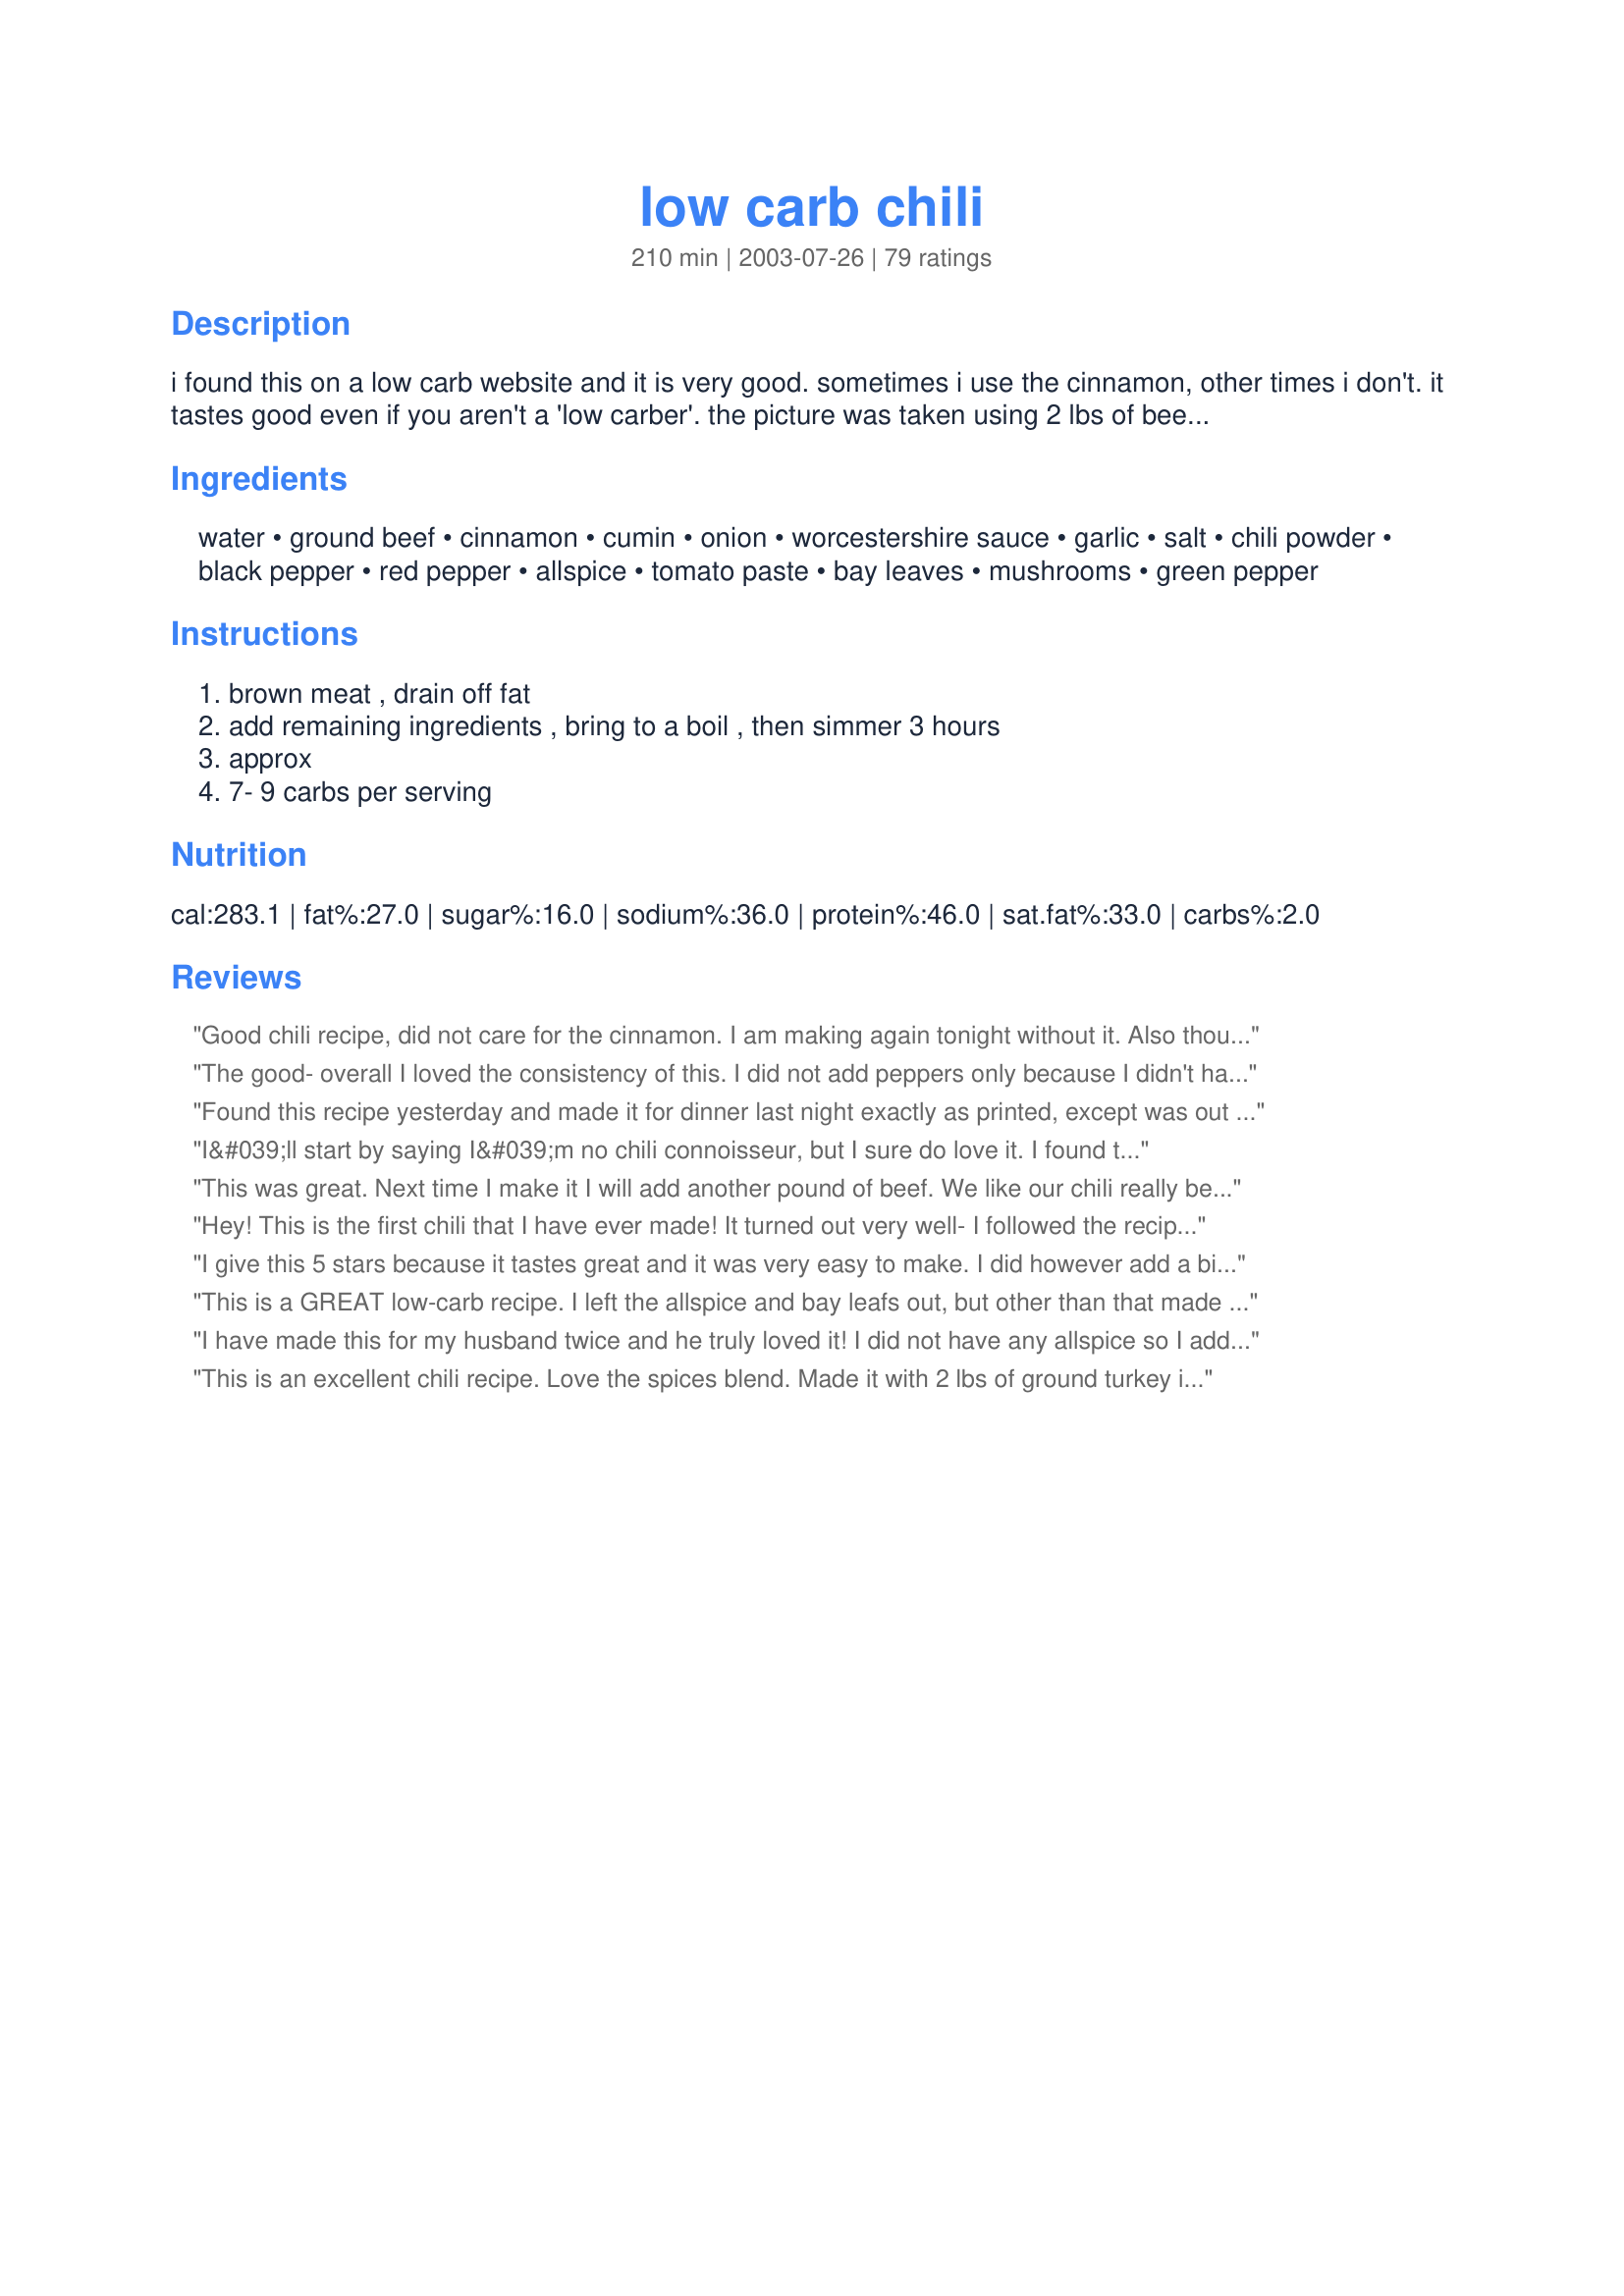
low carb chili
Preparation time: 210 minutes

i found this on a low carb website and it is very good. sometimes i use the cinnamon, other times i don't. it tastes good even if you aren't a 'low carber'. the picture was taken using 2 lbs of beef stewing meat! thanks for the comments to use 2 lbs, it's much better!

Ingredients:
water, ground beef, cinnamon, cumin, onion, worcestershire sauce, garlic, salt, chili powder, black pepper, red pepper, allspice, tomato paste, bay leaves, mushrooms, green pepper

Steps:
brown meat , drain off fat, add remaining ingredients , bring to a boil , then simmer 3 hours, approx, 7- 9 carbs per serving

Reviews:
Good chili recipe, did not care for the cinnamon. I am making again tonight without it. Also thought the recipe didn't make a whole lot but I think I made this before you changed it to 2 lbs instead of 1.
The good- overall I loved the consistency of this. I did not add peppers only because I didn't have, used 93/7 turkey ground meat and a can of fire roasted diced tomatoes. Only used 3 cups water as the tomatoes had liquid and didn't drain turkey. The bad- just didn't like the spice mixture.... but I want to be fair and say there are variables in the chili powder you choose or how pungent your other spices are. I would make again, and just change up spices.
Found this recipe yesterday and made it for dinner last night exactly as printed, except was out of bay leaves. Not to worry - the cumin, allspice and cinnamon were a subtle, but definitely flavorful addition to an old favorite! We topped with sour cream and extra sharp cheddar (both lo-fat) and the result was delicious!! Darling Daughter (who likes her food "unfussed with") said it is a keeper and asked that we have it again!!! YUMMMMMM
I&#039;ll start by saying I&#039;m no chili connoisseur, but I sure do love it. I found this recipe in a web search and decided to give it a try -- a nice break from a salad.

I was a little reluctant after reading the list of ingredients because I&#039;ve never made chili with the type of ingredients listed. Boy, was I pleasantly surprised. As soon as I add the ingredients to the pot, the house filled with a wonderful aroma! Everyone was asking what I was making and saying how great it smelled.

Such an easy recipe and the result is a terrific bowl of chili. It lacked nothing. It has a complex and robust flavor and is a perfect autumn recipe. I&#039;m looking forward to my next bowl!

Just a word of warning: I would consider this chili to be medium spiciness. Kids and those sensitive to spicy food may find it too spicy. I thought it was perfect, and I made it exactly as the recipe instructed. You can probably back off of the pepper flakes to take it down a notch if you worry it might be too spicy. Still, I&#039;d try it just as the recipe states before making any modifications. It really is incredible.

Thanks so much for sharing.
This was great. Next time I make it I will add another pound of beef. We like our chili really beefy! The flavor was very good, wouldn't have thought low carb could be so tasty!
Hey! This is the first chili that I have ever made! It turned out very well- I followed the recipe very closely, except for two things: I didn't have a green pepper, so I used a red one. Also, I didn't have ground beef, but I did have Boca brand "ground beef" which substituted 1 1/2 pounds, so that is what I used. We couldn't tell the difference (my parents still don't know). Overall, the chili was very good- it was the first time I ever had chili as well! It is so hot!(when I was little, I refused it- basically because of the beans) My sister won't eat beans at all, so this was perfect. For this recipe, all of the ingredients were on hand, and it didn't take 8-10 hours like some call for. Oh yes, I almost forgot. In mine (after I had already had it as it was), I added frozen corn to it- very good! Thanks for sharing!
I give this 5 stars because it tastes great and it was very easy to make. I did however add a bit of sea salt in the end and a little cayenne pepper. Very good, thanks for the recipe.
This is a GREAT low-carb recipe. I left the allspice and bay leafs out, but other than that made it exactly as called for. I didn't let it cook for the full 3 hours, but it didn't need it. I let it cook on high for half the time and it turned out great!
I have made this for my husband twice and he truly loved it! I did not have any allspice so I added just a little more cinnamon. My husband is not fond of mushrooms or green peppers so I added jalapenos. It also freezes well.
This is an excellent chili recipe. Love the spices blend. Made it with 2 lbs of ground turkey instead of ground beef and cut the salt in half because I'm not a fan of salt. Otherwise, followed the recipe to the letter. So flavorful, I didn't even miss the beans!
Back on low-carb, and was looking for variations of the LC chili I had made as a staple before. This recipe is a really nice change. I liked the combination of spices, including the cinnamon (although I used slightly less than 1 tsp.). Since I didn&#039;t have any green pepper, I threw in a can of Rotel tomatoes with green chilis. I only had tomato sauce, so I used less water and added a packet of Splenda, since tomato sauce does not have the sweetness of tomato paste.
At first I wasn't too sure of this chili... the cinnamon and allspice gave it a very different flavor than I'm used to. But in the end it seemed the more I ate it, the more I liked it. The flavors are reminiscent of African food I enjoyed long ago. We ate this with sour cream and cheddar cheese. Thanks for sharing!
Really, really good! I did not add the mushrooms or green peppers. I used ground turkey and just a couple of dashes of cinnamon. Sorry, I did not serve this as low carb, I put rice on the bottom of the bowl and garnished it with cheese and green onions. This is my new chili recipe. PERFECT!
I've been on a low-carb diet for what seems forever, and I'm SO sick to death of either loads of chicken or beef, cream-based dishes and/or hours of preparation, only to find that the results of all my efforts have been wasted. I can easily say this chili is THE single best low-carb meal I've ever made. As a matter of fact, it's the ONLY low-carb meal I could easily see myself eating every week! I'm not sure why some people complained about the cinnamon, but IMHO, the cinnamon is what makes the chili THE BEST! Not too overpowering, and all the spices just blend together beautifully. Even my fussy husband went back for seconds on this. Thanks for sharing this fab low-carb recipe.. it's a staple in our house now! :)
Very tasty and it really hit the spot on a low carb diet! I made it a second time and put in less cinnamon, but it really adds a certain 'something' to the flavor.
This has got to be one of the worst chili recipes I have ever made. I gave it a 2 star for the added mushrooms, which are definitely low carb. However, the cinnamon and allspice had NO place in chili!
My son is on a low carb eating plan and I&#039;m on Weight Watchers. The chili hit the spot on a cold rainy day and we both enjoyed it. I didn&#039;t care for the cinnamon so I&#039;ll probably leave that out. Mushrooms were a pleasant surprise. Served with reduced fat cheddar cheese and lean hot dog. Yummy!
This chili is very good. My husband isn't so keen on heat so I cut down on the chili powder and red peppers, but certainly didn't compromise any flavor. Very good and filling!
I found this chili to be very easy and delicious! I doubled the allspice and added 2 tbsp Splenda to give it that "Cincinatti chili" flavor. I did miss the beans though and looked for Eden Soy black beans but couldnt find them.
I am always on the lookout for something unique. This chili recipe fit the bill and was very satisfying on a fall night. An interesting and unique blend of ingredients and I followed the recipe to a tea. I really enjoyed this although I didn't read the cook time until I started preparations. This would be best done in the crock pot due to the 3 hour cook time. I didn't eat until nearly 9pm but I will say the chili was worth the wait. I did top my chili bowl with some grated mozzarella cheese. Delicious!
I made this for my husband when he was on a low-carb diet. I couldn't stop eating it myself. I did not add the cinnamon and used fresh mushrooms.
This is an excellent chili! I made some adjustments and additions ~ First of all I mixed one pound of beef and one pound of turkey. I did not add the cumin. I increased the Worcestershire sauce like three times the amount and added one teaspoon of salt only. 
 I added chopped green and red pepper and I used fresh mushrooms. I did not simmer for three hours but I cooked in the slow cooker for around 12 hours in low. It was great on a cold Arizona evening! Our home smelled so good. I love the sweet spices with beef, definitely a keeper thank you!!!
The spices are spot on! Don&#039;t change them until you&#039;ve at least tried them as listed in the ingredients. I used garlic powder instead of fresh cloves. I also added a can of Rotel tomatoes for more flavor and bulk. I used over 8 ounces of fresh mushrooms which I roughly chopped. They seem to melt away, yet they added to the over all richness of the chili. I simmered the chili for just two hours and that seemed more than adequate.&lt;br/&gt;&lt;br/&gt;10/08/13 UPDATE: There&#039;s a YouTube demo of this recipe being prepared. The chili came out great. Here&#039;s the link: http://youtu.be/SQ199_dSCNY
This was great! I made this for our Super Bowl get together, and we loved it! The kids don't like the beans in chili, and we are on South Beach, so no one missed them! I used 1 pound of ground turkey and one pound of turkey italian sausage...yum. I did use the cinnamon and allspice, but I will cut back a little next time. Nice flavor, but a little overpowering. I also might take a little water out...it was more soupy than I like my chili. I LOVED all the veggies in it! This is a definate keeper, thanks so much for posting!
I love this recipe! I left out mushrooms (im allergic) and green peppers (cuz I dont like them0 and added an extra 1/2 lb beef. Next time i WILL add a little more heat...but this tastes so great over cheeseburger patty, all beef hot dogs...or just eat it with a spoon!
I made this last night and it was awesome! I added a pinch of cayenne pepper to it and it gave it just the right punch. I highly recommend this recipe YUMMY!
Was really surprised with this chilli. Tasted excellent. As for the cinnamon. I used only 1/2 tsp and think it might be still too much. Might suggest even less. It is a very dominent taste. Good but if I had actually used the correct amount it would have really over powered the dish. Very easy to make and even my children loved.. Will make it again and again. Thanks..
Yum I love it! I added a cup of lentils to make it more hearty and increase the protein. Didn't add mushrooms. Thanks!
Husband and I didn't particularly like this recipe. We realized after we made it that it's missing two of the best parts of the chili - beans and the tomato twang flavor. I have no problem with the other spices, they blend nicely. But without the strong tomato flavor and the beans this doesn't taste like chili to me. Well, we have to make certain sacrifices for a low carb meal.
This tastes so good. I love the cinnamon in this recipe.
This is a great recipe. I made it for my wife and daughter. They loved it. After being on a low carb diet for several months it really hit the spot.
I really like this recipe as I am on a low carb diet. I doubled the recipe and it made enough for 6 meals, which I put in the freezer. I did not have allspice or peppers so I left them out and added about 2 cups of chopped celery, which worked really well. I added the cinnamon.
DH is on a cooking spree. This is second "real" homemade meals he's ever made. He added habeneros to make to it real spicy. I practically ate the entire thing (not in one sitting tho). He liked it, but didn't like the all spice flavoring. At first he thought it was teh cumin, but after I tasted it, I knew right away which spice he didn't like. The allspice and cinnamon gave it a squash/pumpkin pie sweetness to the chili. Mixed with the spicy hot, the combo was to die for, IMO. We are making it again tonight and the allspice, cinnamon and cummin out. ARGHHH! I thought it was GREAT with it. We'll see how it comes out tonight. Thanks for this keeper!
It was wonderful! I made it exactly to recipe and I love the faint taste of the spices. I will definitely make it again.
I followed the recipe exactly and put it in my crockpot on low all day. The spiciness was perfect for me but I'm still on the fence about the cinnamon. I don't think it would be the same without it but I think next time I'll do 1/2 teaspoon instead. I also used nearly three pounds of hamburger since that's how much was in my package. Great for Atkins induction phase.
This is my favorite meal at the moment, as I'm a constant low-carber.

Amazing, and I've even caught my husband nibbling at the pot on the stove (and he hates my low-carb food!)
Loved this, made me forget I was on low carb diet. Almost.
This worked really good for me. I used half the cinnamon because it can overwhelm. It was about right. The cinnamon smell was strong, but not the taste. The watery texture complimented my application--a topping for microwaved sweet potatoes. I would classify this as a variation of Cinninatti Chilli which may be overwelming when eaten straight, but mellows out when eaten as a topping. This is a keeper for me.
Great flavor. I used 1/2 onion and 1/2 red onion. Didn't add green pepper...hubby not a fan. I also didn't tell him it was a low carb recipe because he isn't watching his carbs. He really liked it. His serving was over sticky rice.
This recipe came out perfect. I was really worried about the beans not being there, but the mushrooms added the substance I like. I only used two dashes of cinnamon and lean ground beef. I garnished the chili with reduced fat cheddar and sour cream. I am doing low carbs, but if someone in the house is not, you can put the chili on french bread or over rice. I will post pics. This was so yummy to my tummy!!! LOL!!!
This wasn't a typical chili recipe at all. In fact, it doesn't taste like tradtional chili at all. Very unique blend of seasonings, delicious !
I love this chili! I did change some things. I bought Morningstar Recipe Crumbles to use instead of the 2lbs of ground beef (I'm a vegetarian) and it was delicious. I used two bags. Also, I left out the bay leaves and green pepper which I think improved the taste (personal opinion of course!) It's hard being a low-carb vegetarian so I'm crazy about this recipe. Thanks!
This didn't work for me. The cinnamon was too strong and pretty much over-powered all of the other flavors. I wanted to make it as written, but I probably should have left out the cinnamon or at least reduced it. It was ok, but just not for us. Sorry...I'll probably try it again, but leave out the cinnamon.
I substituted turkey for beef in this marvelous chili and both my fiance and I LOVE it. The combination of spices definitely makes this recipe so good. I've made it about 5 times now and we keep loving it. If you're on a low carb diet, this is definitely a nice break from the same old heavy meat based meals and the mushrooms bring in some good fiber!
This is soooo good! I must say I was intrigued by the list of spices (and by all the rave reviews!). I have this simmering on my stove right now and just HAD TO HAVE A TASTE! The flavor is BEAUTIFUL! All those spices work so magically together! And to think this is low carb!!! (Who needs beans in chili anyway)? I browned my hamburger, onions, garlic and fresh mushrooms all at the same time, drained the fat and then added the rest of the ingredients. Could not have been easier! Thank you so much for posting this tasty chili recipe Chill!
Man this chili is amazing! Only add 1/2 teaspoon of cinnamon. The cinnamon was a little over powering.
Whether you want to call it chili or not, it is dee-lish!!! Granted, this will not be for everyone, but man, the combination of spices is fantastic. The aromas that filled the house while this was simmering on the stove, was wonderful. I made it using the stew beef and it reminded me more of a roast beef type dish, but I will try it again using the ground beef and see how it fares. This dish is very filling all by itself. Also, I entered this in a chili cook-off and brought home the "Sweetest Chili" award, however it's not really that sweet at all. This recipe doesn't make a whole lot, so you don't have to worry about throwing out leftovers, even though there probably won't be any..
Cannot wait to try this..... update later.
I made it half ground beef, half ground chicken (1 lb each) and used fresh baby bellas chopped up
This chili recipe rocks! I made this to top hot dogs for lunch as I was having a craving and it hit the spot. The only change I made was to add diced jalapenos for some heat. This was delicious. Thanks so much!
Amazing. This is the best chili I have EVER tasted. I'm not a huge chili fan but this might be my new dinner for when hosting guests. I did use the cinnamon and allspice. I added just a bit of celery and a can of black beans. Oh my, the spice and level of heat is just perfect. Incredible.
This was okay, but much like Greek style, or Cincinnati style, which I like, but not what I think of 'normal' chili; too many spices.
I had to make some adjustments because I made it on a whim, but it was EXCELLENT! thinking of trying left overs on spaghetti squash tomorrow and pretending I'm back in Cincy.<br/><br/>I left out the chopped peppers because I didn't have any. Same story with Worcestershire sauce. I also only used half a large onion and brown the garlic and onion with the ground beef.<br/><br/>I added 5 packets of splenda, a teaspoon of liquid smoke, and four strips of crumbled fried turkey bacon. And chedder cheese on top!<br/><br/>Wonderful full flavor, filling. Even my wife said it was good "even though it didn't have any beans."
Not a bad recipe. I'd make it again with a few changes. However,I still haven't figured out how to take a picture using 2 lbs of beef stewing meat yet ;)
I am on a low-carb diet and this recipe really satisfied my chili craving. It doesn&#039;t even taste like something you would eat on a diet. The cinnamon gives it a pop and it makes it taste amazing. I left the mushrooms out and I didn&#039;t let it sit for 3 hours. I plan on going to the store tonight so that I can make another pot to take to lunch at work! Thanks for the awesome recipe!
One quart of water watered it down too much for my taste. Instead I added 1 cup of Swanson&#039;s Vegetable Broth and 6 large home stewed beefsteak tomatoes. You could also substitute 2 @ 28 oz cans Red Gold crushed tomatoes. I like the bulk of the home stewed tomatoes. I also added an extra teaspoon of chili powder. The home stewed tomatoes only add 5g of carbs per tomato so it shouldn&#039;t bother anyone on a low carb diet. Even my wife liked the chili !!
Okay - I'll be the dissenting opinion. I thought this was awful. I'm not sure if it was the bay leaves or the allspice but something in this concoction was very "off". It didn't taste anything like chili - that isn't so bad, I acually wouldn't have minded that. The problem was, it just tasted weird - not a good flavor combination at all. I do not recommend this recipe at all.
What a strange mix of flavors... I'm not sure how I feel about it. I definitely didn't like the cinnamon, and I expected to love it. But it's very strange and throws the whole dish off. Next time I'd made without. I'd also up the meat a bit (just just under 2 lbs) Cheese and sour cream are a must on this dish, otherwise it's pretty good.
Really good. I added about a quarter cup of merlot and it added a really nice robust flavor. I sprinkled cheddar cheese and a dollop of sour cream ontop to round it out. Will be making low carb chilli burito wraps with the leftovers. My husband (who is a recurring judge in a chili contest) approved!!! Didn't give it to the little ones because we made it spicy!!!!
Yipee! I can now add chili to my lo-carb lifestyle! I did not add the cinnamon and my husband thought it was too spicy (I LIKE heat). Whether lo-carb or regular, this is the only chili recipe I'll ever need!
pretty delicious. I added some steak and corn. not much more in the way of carbs.
Loved this, cant wait to finish it tomorrow! I halved the recipe and used 2 garlic cloves, omitted the chili powder, red pepper and allspice (didn't have any of this) - I also used extra onions. Thought it was runny and not very flavorful...UNTIL...I took the lid of the pot and it simmered nearly 2.5 hours...was thicker, and so much flavor! had alot of heat without the items I omitted, so glad I did. I actually used ground turkey. very yummy. Made 4 cups at. each 2 cup serving was about 336 calories and 6 carbs...sweet!!!!! (2 cups and a moch cornbread muffin filled me up!!!) thanks...great chili..
Super yummy! I used all the listed ingredients and added some bacon, carrots , red and orange bell peppers along with shallots and jalape&ntilde;os. Even my kids loved it!
Fantastic. Thanks for sharing.
This was okay; I used 1 lb. of leftover roast beef, shredded, and it was just too much for this recipe. (The beef was too dry to begin with and you could still tell in the chili.) I also think the soup would benefit from a can of diced tomatoes (which I added when I heated the leftovers). That adds about 1g. carbs per serving.
My wife was kind enough to make this for me tonight and it was awesome. You can definitely taste the cinnamon, but it's not strong or overpowering. The combination of spices really come together and I had 2 bowls. Leftovers tomorrow!
in the interest of being fair I'm giving this a med score, I haven't made it yet but for all those who are missing the beans in your low carb chili, you can go to a health food store near you and pick up some black soy beans, they are low carb and high in fiber. I will be trying out this recipe in a day or two and I will be adding some in mine, like you, its just not chili without the beans
I&#039;ve been doing a low carb diet and my co-workers decided to do a chili cook-off. I made this recipe &amp; it was a hit!! I used one carton of fresh sliced mushrooms and saut&eacute;ed them for just a bit instead of buying canned ones - it was great!
i was missing bay leaves and mushrooms, also used sweet peppers (red and yellow) instead of green. Was awesome, thanks.
Loved this recipe! Even my fussy husband said I could make it again. I tried the stewing beef with fresh mushrooms and kept the rest of the recipe as is. I browned the beef, threw everything in the crockpot and had a delicious meal waiting for us when we got home. For those who end up making two meals .... one no carb and one with carbs for the rest of the family this recipe goes great over rice, or add heated beans to the bowls as you are serving. Thank you for sharing the recipe!
My kids aren't great lovers of chili but they loved this recipe. You can smell the cinnamon as it's cooking but you can't really taste it after it's in your bowl. Good stuff.
I made this for my boyfriend (omitted the cinnamon), and I guess it's OK if you're on a strict low-carb diet, but it really seemed like meat sauce for pasta instead of chili. He didn't eat the leftovers. I wouldn't recommend it or make it again.
This was fantastic! I was a little scared about the cinnamon so I only used half a teaspoon and I didn't have any allspice. I also substituted ground chicken for the ground beef. My BF ate almost all of it before I had a chance to try it and he even said his mother had competition! Great recipe thanks for sharing!
Wow! I tried it and I like it and so did my husband who is the real low carb dieter. He is diabetic. I used the extra lean ground sirloin,added 2ozs jalepeno's diced, 1/4 C. Merlot,omited the mushrooms and Yummy! It's all gone.....lol! It's a keeper and Thank You very much! We will enjoy it on a reg. basis.
Wow...this is a really great. Even if you are not on a LC diet, you will surely appreciate this tasty dish. I honestly had doubts when putting in the mushrooms, allspice and cinnamon, but not anymore! Thank you!
I was really hoping I would like this, but I think the cinnamon was ultimately what ruined it for me. If I put enough cheese and sour cream in it, it tasted fine. But without any additions, the overall taste was a bit off. I&#039;m also not totally sold on the mushrooms, but I didn&#039;t mind them as much as the cinnamon. My husband was very hesitant to try &quot;low-carb chili&quot; or &quot;beanless chili&quot; - unfortunately, his fears were validated when he tasted it. I will say -- it isn&#039;t absolutely terrible... it&#039;s just not that great. I think next time I want some low-carb chili, I will just use my old favorite chili recipe and omit the beans.
I was leary, but this is seriously delicious! Probably the best mix of seasonings for a chili, that I have ever eaten. I pureed a can of rotel tomotes and added that and cut the chili powder in half. This chili was amazing. I may add some lean beef to it next time. Love this
I did not let it set for 3 hours! I like the spices mix! To lower the calories I added in more water and a pound of meat instead of 2 pounds. My calorie count for lean meat and all the other ingredients was 245 for 2 and 1/4 cups pers person, 5 of us! Thanks for SHARING!
Loved this. Used less water and added diced and stewed tomatoes. I also used a mix of diced stew meat and ground beef. Delicious! Served with diced onion, sour cream and cheese.
